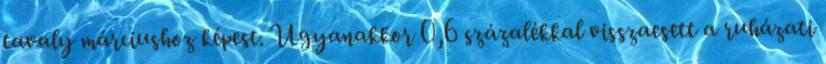
tavaly márciushoz képest. Ugyanakkor 0,6 százalékkal visszaesett a ruházati